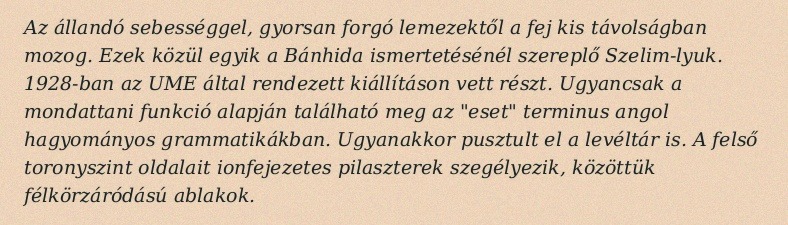
Az állandó sebességgel, gyorsan forgó lemezektől a fej kis távolságban mozog. Ezek közül egyik a Bánhida ismertetésénél szereplő Szelim-lyuk. 1928-ban az UME által rendezett kiállításon vett részt. Ugyancsak a mondattani funkció alapján található meg az "eset" terminus angol hagyományos grammatikákban. Ugyanakkor pusztult el a levéltár is. A felső toronyszint oldalait ionfejezetes pilaszterek szegélyezik, közöttük félkörzáródású ablakok.